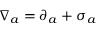
\nabla _ { a } = \partial _ { a } + \sigma _ { a }